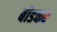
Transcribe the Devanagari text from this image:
बोडकर